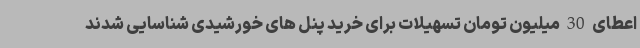
اعطای 30 میلیون تومان تسهیلات برای خرید پنل های خورشیدی شناسایی شدند